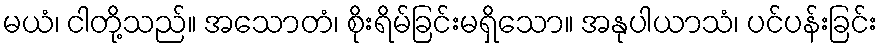
မယံ၊ ငါတို့သည်။ အသောတံ၊ စိုးရိမ်ခြင်းမရှိသော။ အနုပါယာသံ၊ ပင်ပန်းခြင်း